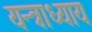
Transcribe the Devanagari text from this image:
यन्त्राध्याय